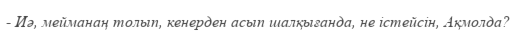
- Иә, мейманаң толып, кенерден асып шалқығанда, не істейсін, Ақмолда?